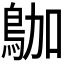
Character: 𪀁